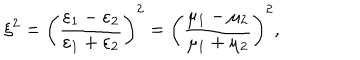
\xi ^ { 2 } = \left( \frac { \varepsilon _ { 1 } - \varepsilon _ { 2 } } { \varepsilon _ { 1 } + \varepsilon _ { 2 } } \right) ^ { 2 } = \left( \frac { \mu _ { 1 } - \mu _ { 2 } } { \mu _ { 1 } + \mu _ { 2 } } \right) ^ { 2 } ,